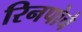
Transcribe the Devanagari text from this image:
रिनपोचे